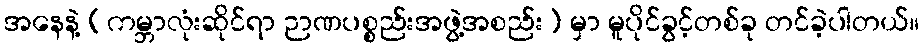
အနေနဲ့ (ကမ္ဘာလုံးဆိုင်ရာ ဉာဏပစ္စည်းအဖွဲ့အစည်း) မှာ မူပိုင်ခွင့်တစ်ခု တင်ခဲ့ပါတယ်။